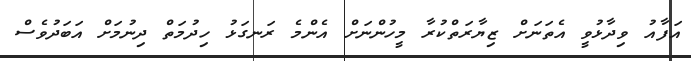
އަފާއު ވިދާޅުވީ އެތަނަށް ޒިޔާރަތްކުރާ މީހުންނަށް އެންމެ ރަނގަޅު ހިދުމަތް ދިނުމަށް އަބަދުވެސް